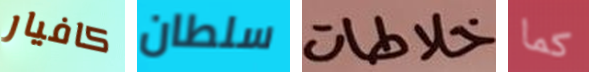
كافيار سلطان خلاطات كما